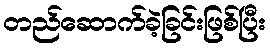
တည်ဆောက်ခဲ့ခြင်းဖြစ်ပြီး